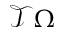
\mathcal T \Omega